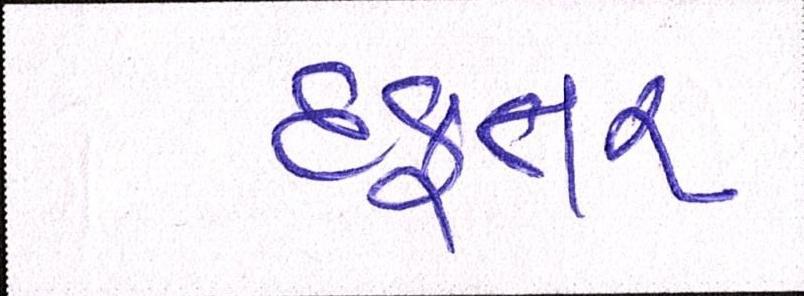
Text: દફતર